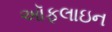
ઑફલાઇન